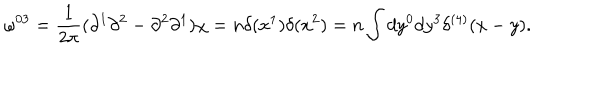
\omega ^ { 0 3 } = \frac { 1 } { 2 \pi } ( \partial ^ { 1 } \partial ^ { 2 } - \partial ^ { 2 } \partial ^ { 1 } ) \chi = n \delta ( x ^ { 1 } ) \delta ( x ^ { 2 } ) = n \int d y ^ { 0 } d y ^ { 3 } \delta ^ { ( 4 ) } ( x - y ) .